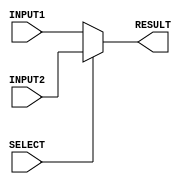
`timescale 1ns/100ps

module mux2to1_32bit(INPUT1, INPUT2, RESULT, SELECT);
    input [31:0] INPUT1, INPUT2; //declare inputs of the module
    input SELECT;               //declare inputs
    output reg [31:0] RESULT;    //declare outputs

    always @(*)
    begin
      if (SELECT == 1'b1)  //selecting according to the select signal
            RESULT = INPUT2;
      else 
            RESULT = INPUT1;
    end

endmodule